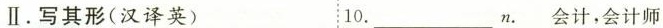
Ⅱ.写其形(汉译英) 10.__________n.会计,会计师